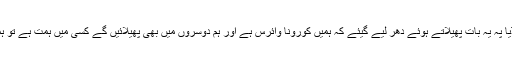
کچھ منچلے سوشل میڈیا پہ یہ بات پھیلاتے ہوئے دھر لیے گیئے کہ ہمیں کورونا وائرس ہے اور ہم دوسروں میں بھی پھیلائیں گے کسی میں ہمت ہے تو ہمیں روک کر دکھائے۔